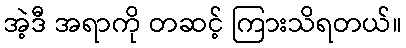
အဲ့ဒီ အရာကို တဆင့် ကြားသိရတယ်။